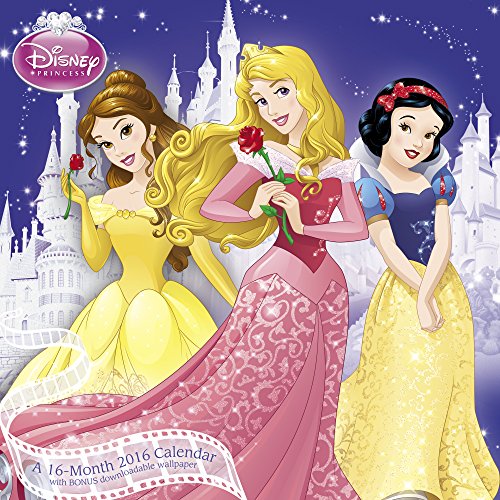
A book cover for Disney Princess Wall Calendar (2016); Mead; Calendars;